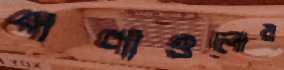
পণ্যগুলোয়